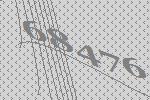
68476